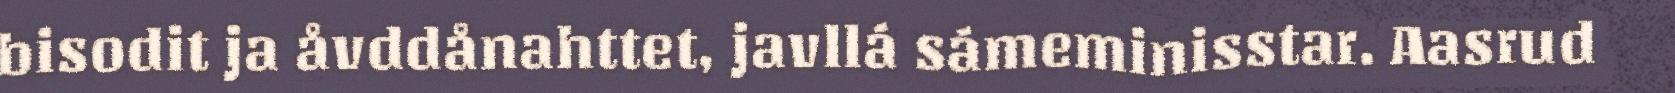
bisodit ja åvddånahttet, javllá sámeminisstar. Aasrud